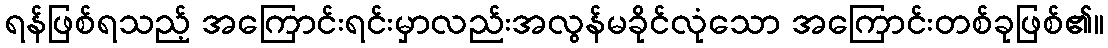
ရန်ဖြစ်ရသည့် အကြောင်းရင်းမှာလည်းအလွန်မခိုင်လုံသော အကြောင်းတစ်ခုဖြစ်၏။